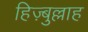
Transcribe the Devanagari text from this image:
हिज़्बुल्लाह